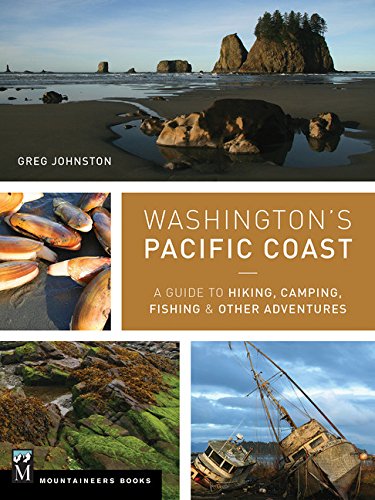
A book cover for Washington's Pacific Coast: A Guide to Hiking, Camping, Fishing & Other Adventures; Greg Johnston; Sports & Outdoors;